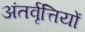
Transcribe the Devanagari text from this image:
अंतर्वृत्तियों